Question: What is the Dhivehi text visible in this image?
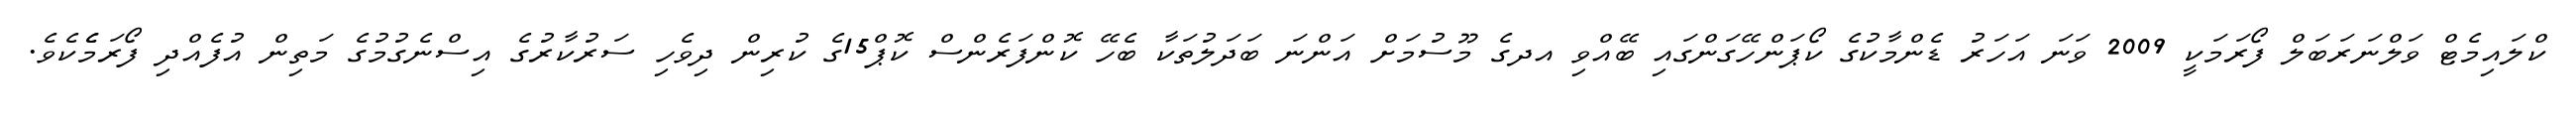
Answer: ކްލައިމެޓް ވަލްނަރަބަލް ފޯރަމަކީ 2009 ވަނަ އަހަރު ޑެންމާކުގެ ކޯޕަންހޭގަންގައި ބޭއްވި އދގެ މޫސުމަށް އަންނަ ބަދަލުތަކާ ބެހޭ ކޮންފަރެންސް ކޮޕް15ގެ ކުރިން ދިވެހި ސަރުކާރުގެ އިސްނެގުމުގެ މަތިން އުފެއްދި ފޯރަމެެކެވެ.